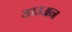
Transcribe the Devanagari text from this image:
डाउअन